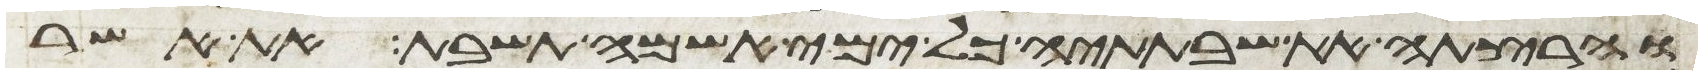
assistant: והרצתה את שבתתיה כל ימי אשמה תשבת את אשר